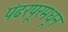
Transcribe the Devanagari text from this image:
पंढरपूरमधून